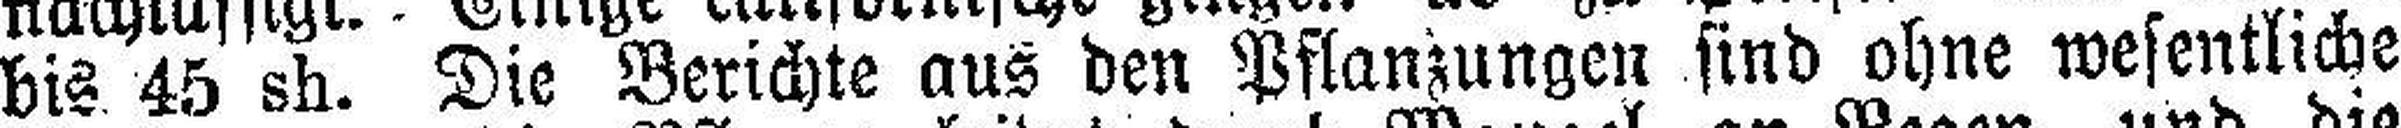
bis 45 sh. Die Berichts aus den Pflanzungen sind ohne wesentliche